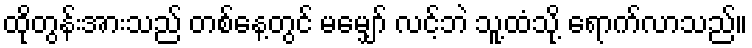
ထိုတွန်းအားသည် တစ်နေ့တွင် မမျှော် လင့်ဘဲ သူ့ထံသို့ ရောက်လာသည်။